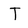
Character: T